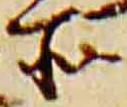
所